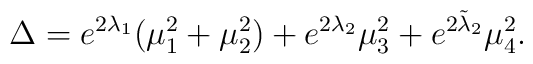
\Delta= e^{2\lambda_{1}}(\mu_1^2+\mu_2^2) +e^{2\lambda_{2}}\mu_3^2+e^{2\tilde\lambda_{2}}\mu_4^2.